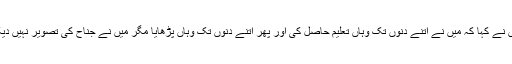
انھوں نے کہا کہ میں نے اتنے دنوں تک وہاں تعلیم حاصل کی اور پھر اتنے دنوں تک وہاں پڑھایا مگر میں نے جناح کی تصویر نہیں دیکھی۔